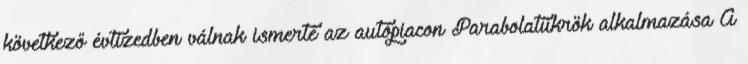
következő évtizedben válnak ismerté az autópiacon Parabolatükrök alkalmazása A